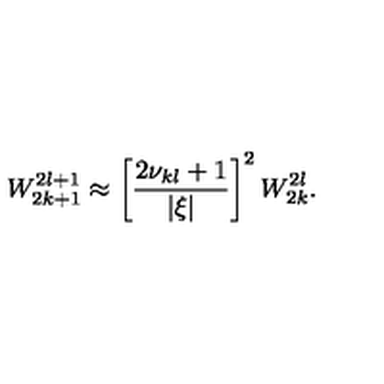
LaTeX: W _ { 2 k + 1 } ^ { 2 l + 1 } \approx \left[ \frac { 2 \nu _ { k l } + 1 } { | \xi | } \right] ^ { 2 } W _ { 2 k } ^ { 2 l } .